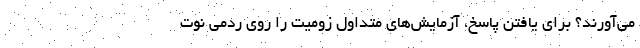
می‌آورند؟ برای یافتن پاسخ، آزمایش‌های متداول زومیت را روی ردمی نوت